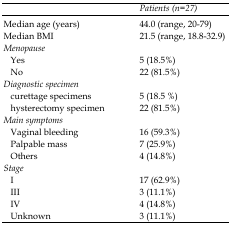
<table><thead><tr><td></td><td><b><i>Patients (n=27)</i></b></td></tr></thead><tbody><tr><td>Median age (years)</td><td>44.0 (range, 20-79)</td></tr><tr><td>Median BMI</td><td>21.5 (range, 18.8-32.9)</td></tr><tr><td><i>Menopause</i></td><td></td></tr><tr><td>Yes</td><td>5 (18.5%)</td></tr><tr><td>No</td><td>22 (81.5%)</td></tr><tr><td><i>Diagnostic specimen</i></td><td></td></tr><tr><td>curettage specimens</td><td>5 (18.5 %)</td></tr><tr><td>hysterectomy specimen</td><td>22 (81.5%)</td></tr><tr><td><i>Main symptoms</i></td><td></td></tr><tr><td>Vaginal bleeding</td><td>16 (59.3%)</td></tr><tr><td>Palpable mass</td><td>7 (25.9%)</td></tr><tr><td>Others <i>Stage</i>IIIIIVUnknown</td><td>4 (14.8%)17 (62.9%)3 (11.1%)4 (14.8%)3 (11.1%)</td></tr></tbody></table>